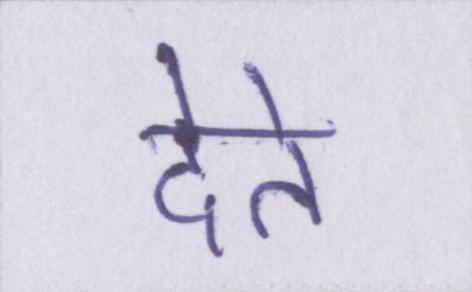
देते